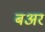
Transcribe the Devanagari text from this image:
बअर